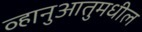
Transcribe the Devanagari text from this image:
व्हानुआतुमधील